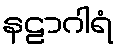
နဠာဂါရံ